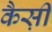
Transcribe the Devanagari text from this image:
कैस़ी